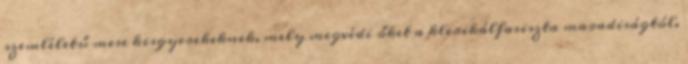
szemléletű mese kisgyerekeknek, mely megvédi őket a klerikálfasiszta maradiságtól.